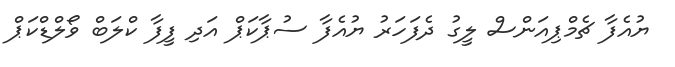
ޔުއެފާ ޗެމްޕިއަންސް ލީގު ދެފަހަރު ޔުއެފާ ސުޕާކަޕް އަދި ފީފާ ކްލަބް ވޯލްޑްކަޕް